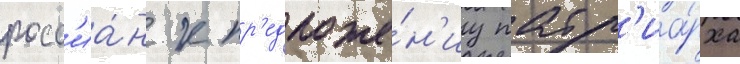
росс'иа́н к пр'едложе́н'иу патр'иа́рха